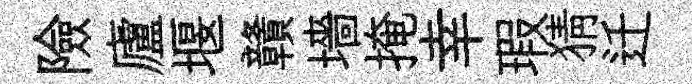
險廬堰贛墻掩幸瑕猜迁